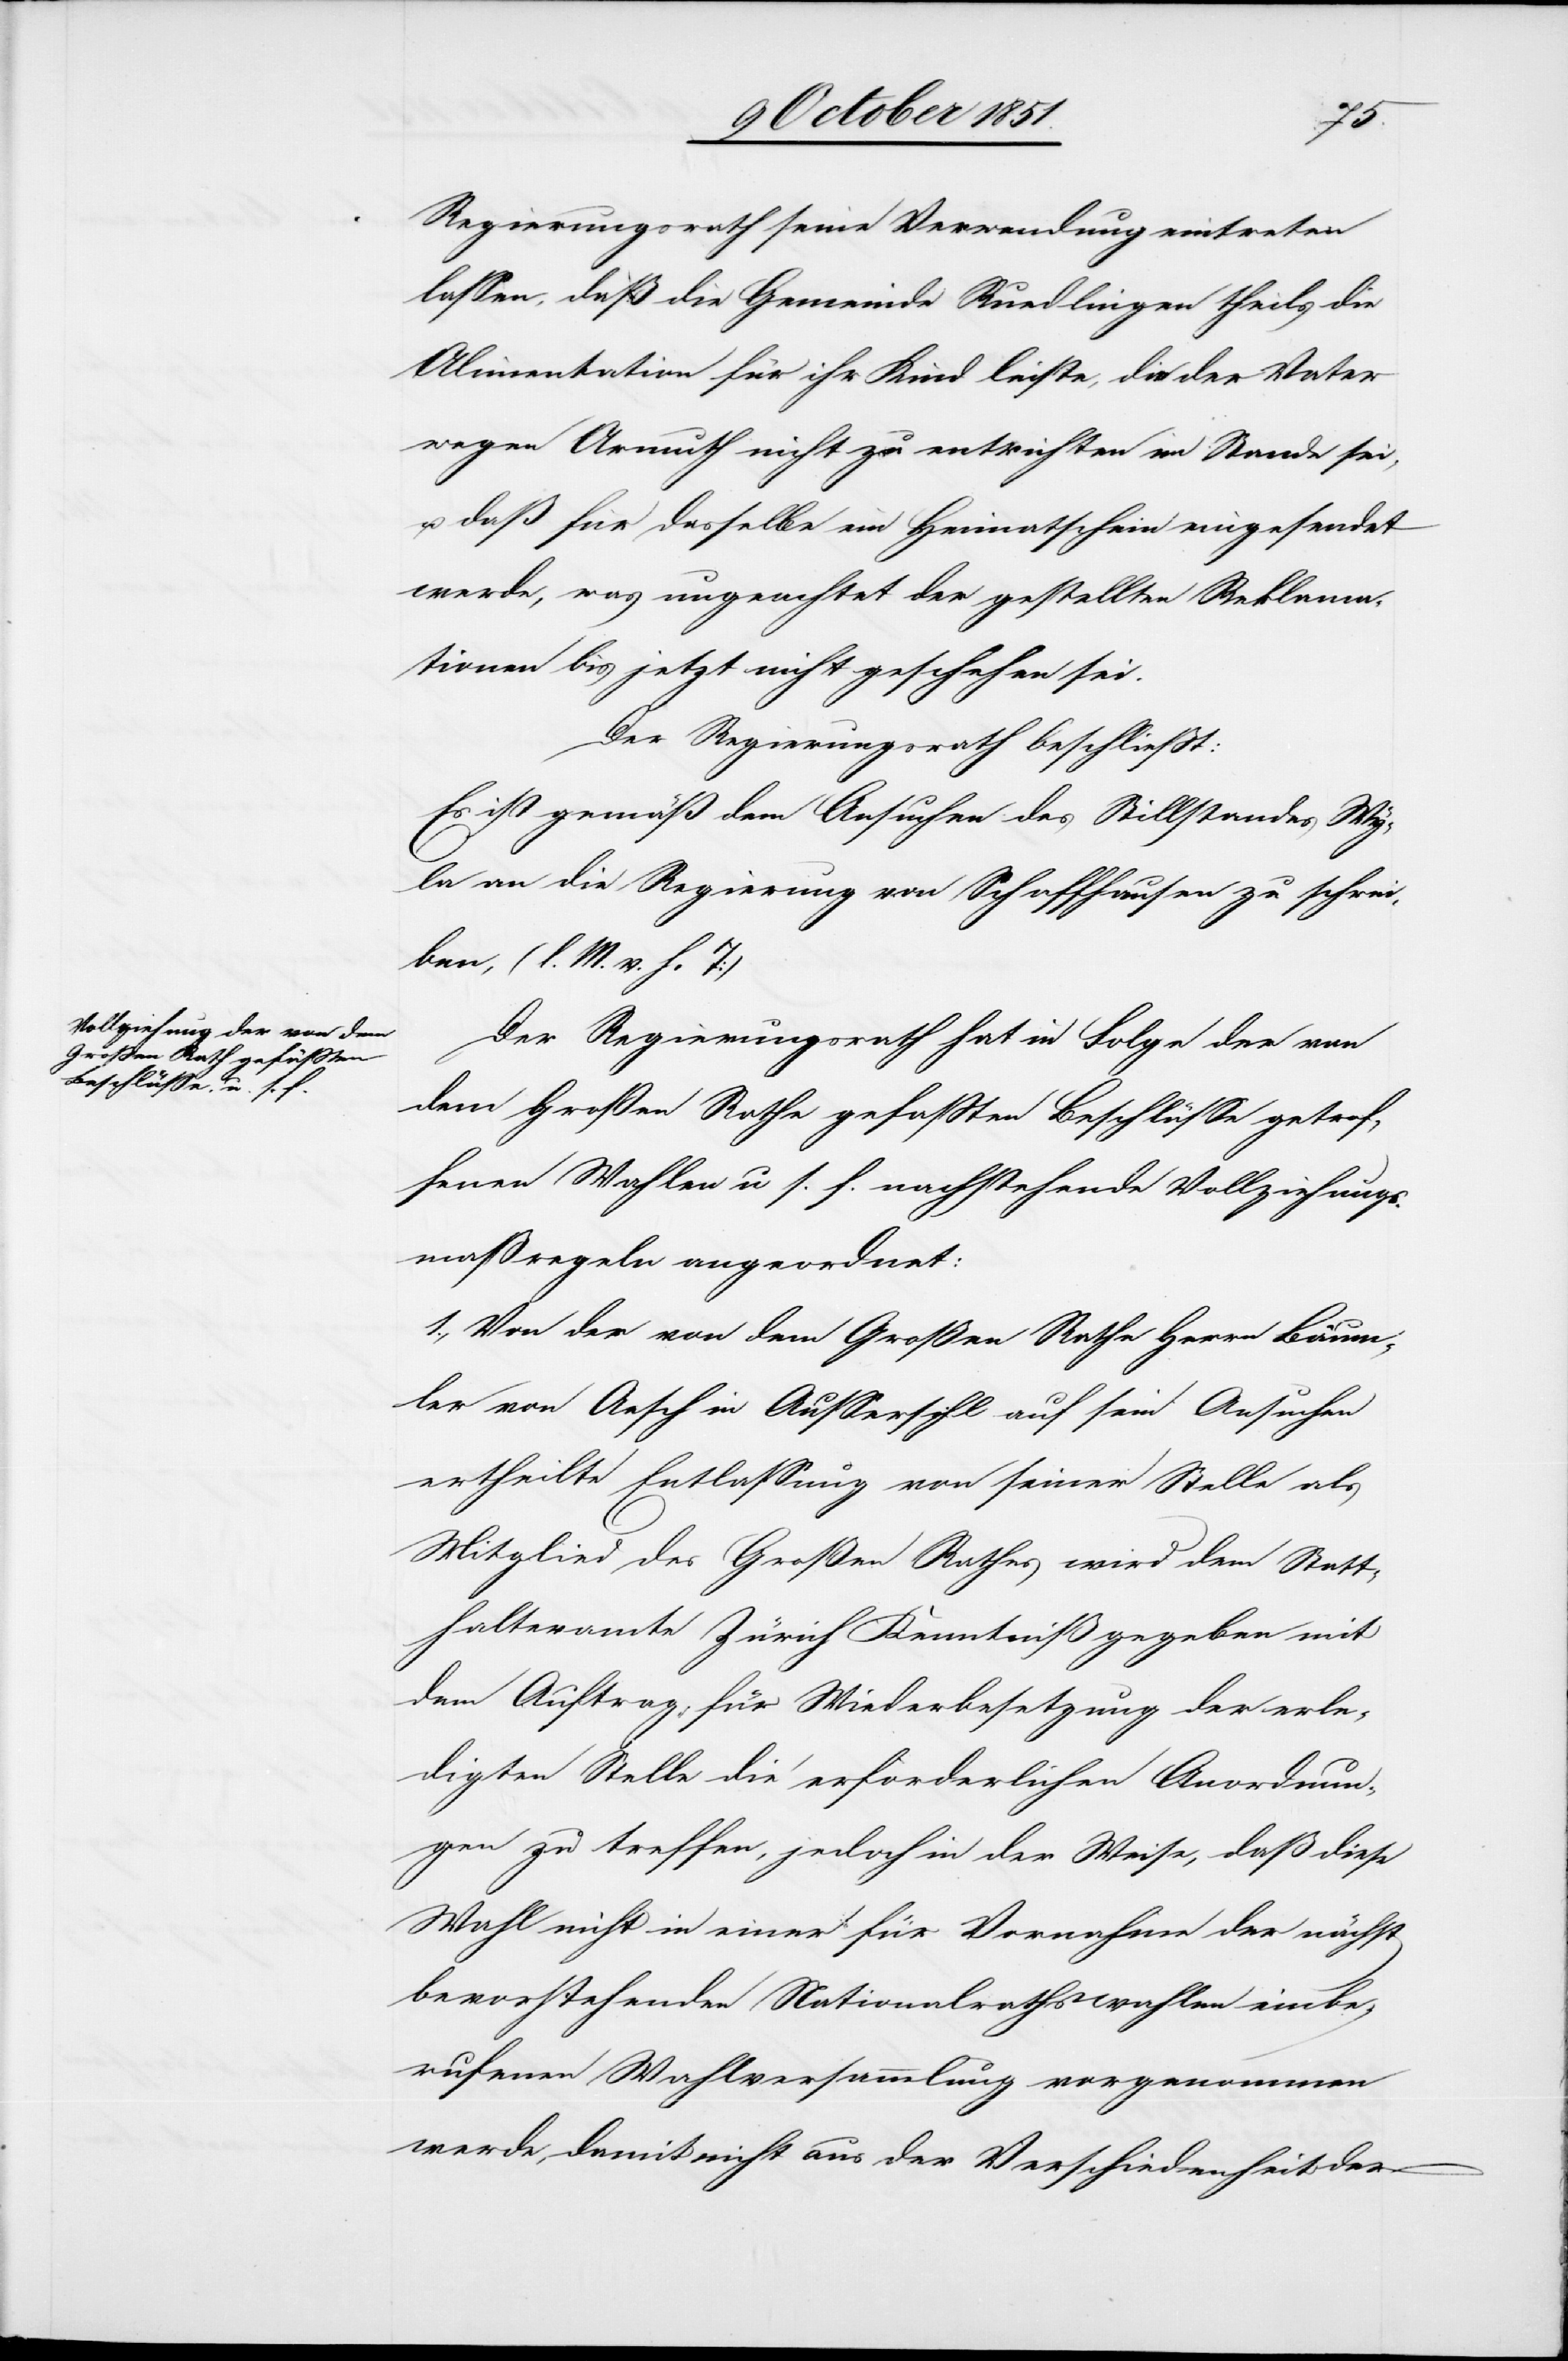
Regierungsrath seine Verwendung eintreten
lassen, daß die Gemeinde Ruedlingen theils die
Alimentation für ihr Kind leiste, die der Vater
wegen Armuth nicht zu entrichten im Stande sei,
u. daß für dasselbe ein Heimatschein eingesendet
werde, was ungeachtet der gestellten Reklama¬
tionen bis jetzt nicht geschehen sei.
Der Regierungsrath beschließt:
Es ist gemäß dem Ansuchen des Stillstandes Wy¬
la an die Regierung von Schaffhausen zu schrei¬
ben, (l. M. v. h. T)
Der Regierungsrath hat in Folge der von
dem Großen Rathe gefaßten Beschlüsse getrof¬
fenen Wahlen u. s. f. nachstehende Vollziehungs¬
maßregeln angeordnet:
1., Von der von dem Großen Rathe Herrn Bäum¬
ler von Aesch in Aussersihl auf sein Ansuchen
ertheilte Entlassung von seiner Stelle als
Mitglied des Großen Rathes wird dem Statt¬
halteramte Zürich Kenntniß gegeben mit
dem Auftrag, für Wiederbesetzung der erle¬
digten Stelle die erforderlichen Anordnung¬
en zu treffen, jedoch in der Weise, daß diese
Wahl nicht in einer für Vornahme der nächst¬
bevorstehenden Nationalrathswahlen einbe¬
rufenen Wahlversammlung vorgenommen
werde, damit nicht aus der Verschiedenheit der